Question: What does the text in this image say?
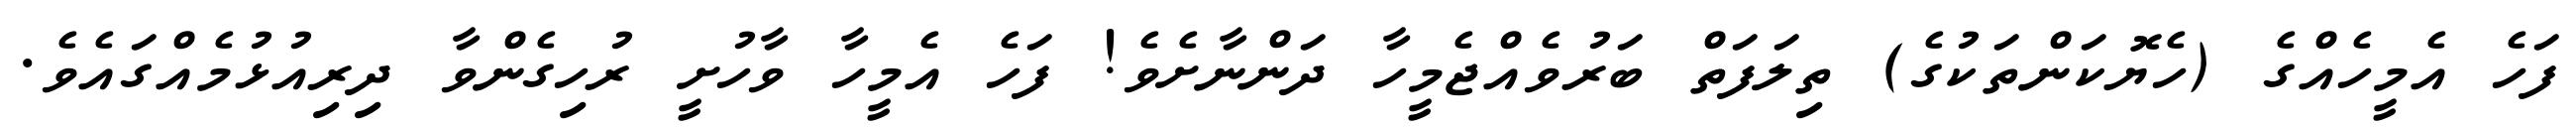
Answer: ފަހެ އެމީހެއްގެ (ހެޔޮކަންތަކުގެ) ތިލަފަތް ބަރުވެއްޖެމީހާ ދަންނާށެވެ! ފަހެ އެމީހާ ވާހުށީ ރުހިގެންވާ ދިރިއުޅުމެއްގައެވެ.